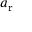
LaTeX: a _ { \mathrm { r } }